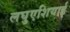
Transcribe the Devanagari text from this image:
लघुएशियाई